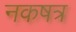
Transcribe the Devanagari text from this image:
नकषत्र